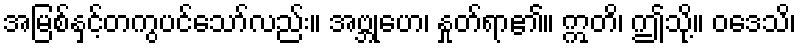
အမြစ်နှင့်တကွပင်သော်လည်း။ အဗ္ဘုဟေ၊ နှုတ်ရာ၏။ ဣတိ၊ ဤသို့။ ဝဒေသိ၊